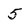
Character: 5